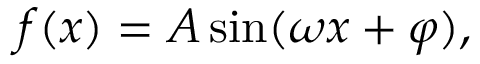
f ( x ) = A \sin ( \omega x + \varphi ) ,